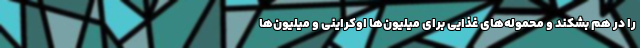
را در هم بشکند و محموله‌های غذایی برای میلیون‌ها اوکراینی و میلیون‌ها